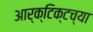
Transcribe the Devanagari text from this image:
आर्क्टिक्टच्या